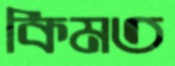
কিমত